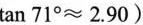
tan71°≈2.90)